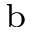
^ \mathrm { b }